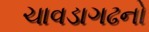
ચાવડાગઢનો